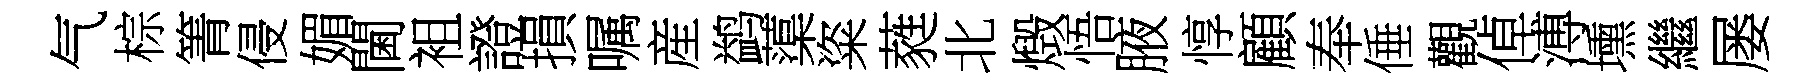
气棕箐侵媚閫袓證損嘱産鹢蕖粢蕤北燬悟腋惇顧奉倕觀倬溥壎繼屡